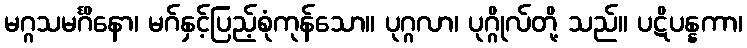
မဂ္ဂသမင်္ဂိနော၊ မဂ်နှင့်ပြည့်စုံကုန်သော။ ပုဂ္ဂလာ၊ ပုဂ္ဂိုလ်တို့ သည်။ ပဋိပန္နကာ၊